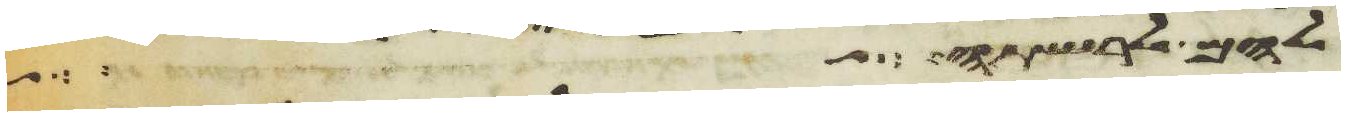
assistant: להם לרשתה